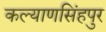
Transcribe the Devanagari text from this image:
कल्याणसिंहपुर